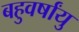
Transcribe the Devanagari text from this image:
बहुवर्षांयु